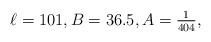
LaTeX: \begin{align*}\ell = 101, B = 36.5, A= \tfrac{1}{404},\end{align*}